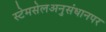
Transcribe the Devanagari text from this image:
स्टेमसेलअनुसंधानपर